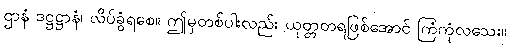
ဌာနံ ဒဋ္ဌဋ္ဌာနံ၊ လိပ်ခွံရစေ။ ဤမှတစ်ပါးလည်း ယုတ္တတရဖြစ်အောင် ကြံကုံလသေး။